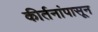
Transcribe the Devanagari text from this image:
कीर्तनांपासून